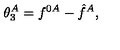
\theta _ { 3 } ^ { A } = f ^ { 0 A } - \hat { f } ^ { A } ,